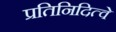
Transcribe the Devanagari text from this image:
प्रतिनिदित्वे